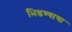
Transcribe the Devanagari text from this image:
भिडण्याचा